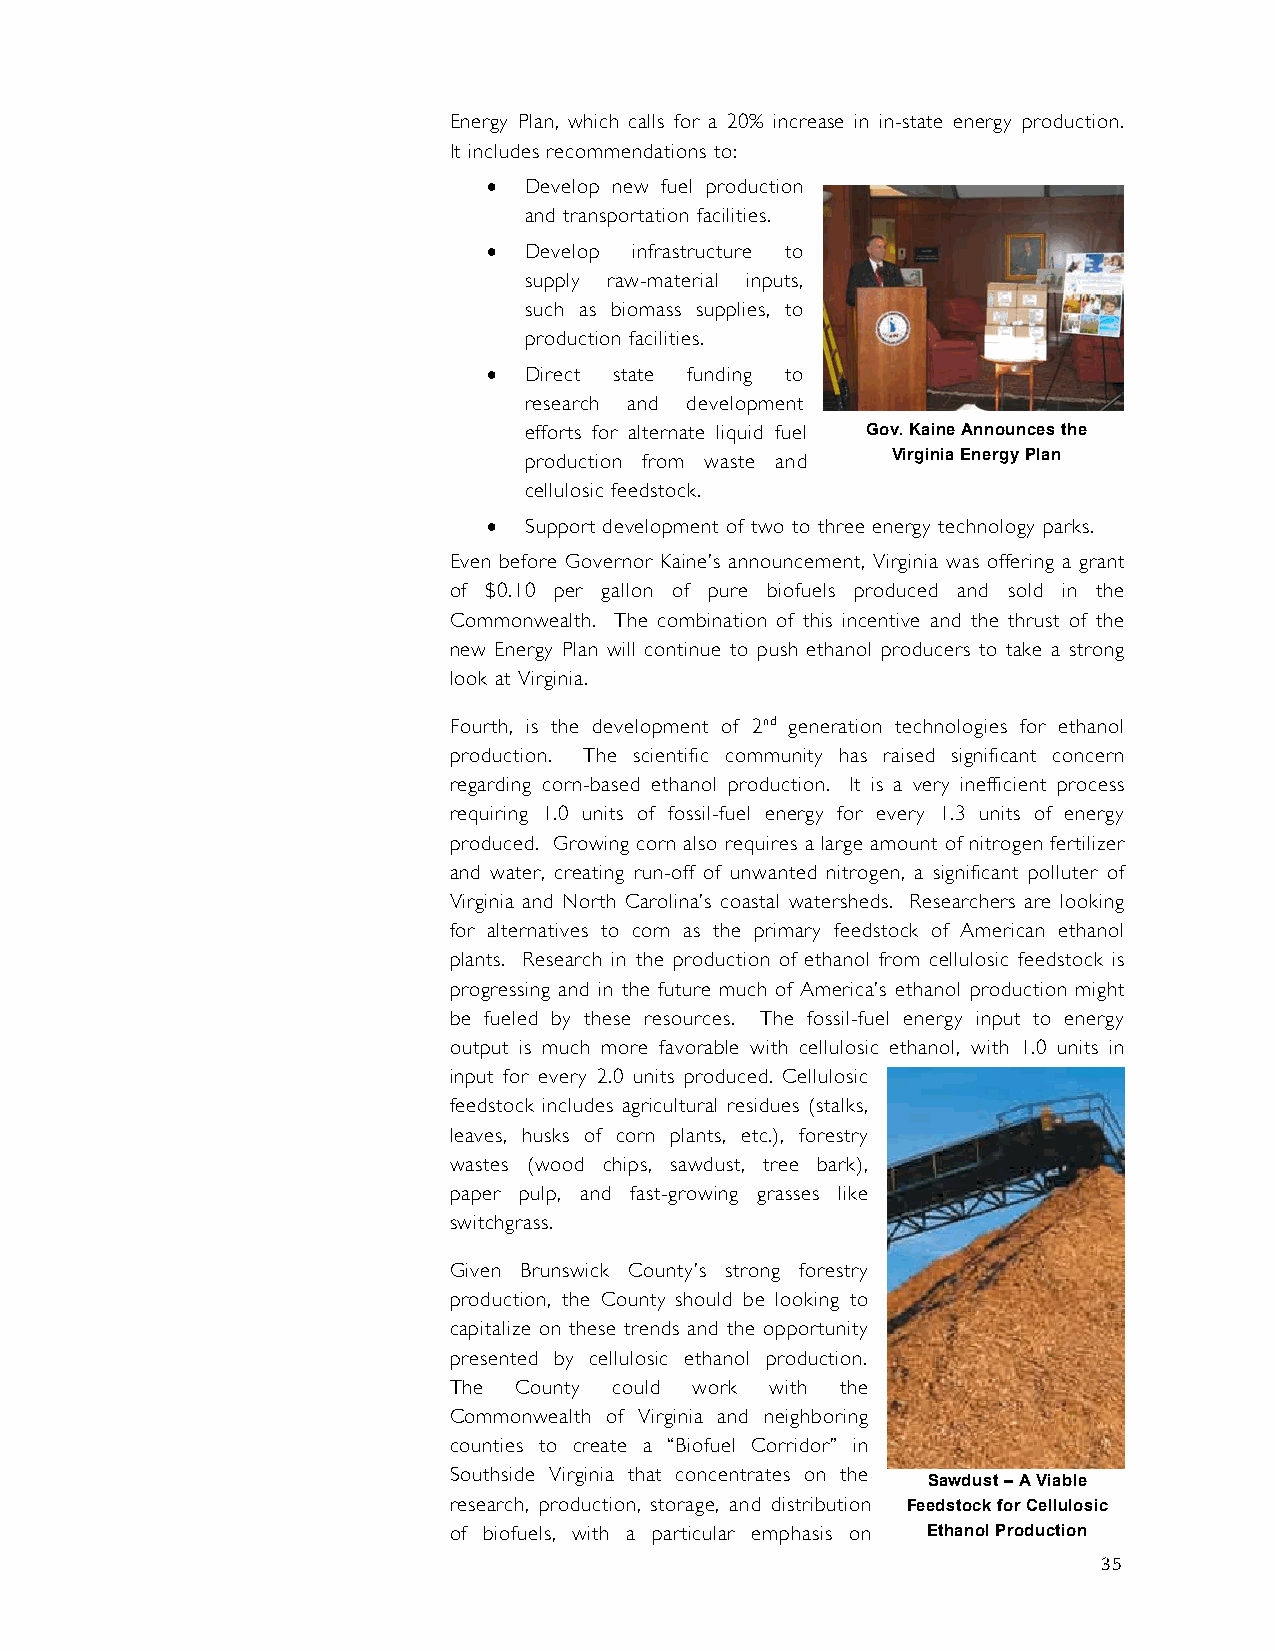
Energy Plan, which calls for a 20% increase in in-state energy production.
 It includes recommendations to:
 •  Develop new fuel production
 and transportation facilities.
 •  Develop infrastructure to
 supply raw-material inputs,
 such as biomass supplies, to
 production facilities.
 •  Direct state funding to
 research and development
 efforts for alternate liquid fuel Gov. Kaine Announces the
 production from waste and Virginia Energy Plan
 cellulosic feedstock.
 •  Support development of two to three energy technology parks.
 Even before Governor Kaine’s announcement, Virginia was offering a grant
 of $0.10 per gallon of pure biofuels produced and sold in the
 Commonwealth. The combination of this incentive and the thrust of the
 new Energy Plan will continue to push ethanol producers to take a strong
 look at Virginia.
 Fourth, is the development of 2nd generation technologies for ethanol
 production. The scientific community has raised significant concern
 regarding corn-based ethanol production. It is a very inefficient process
 requiring 1.0 units of fossil-fuel energy for every 1.3 units of energy
 produced. Growing corn also requires a large amount of nitrogen fertilizer
 and water, creating run-off of unwanted nitrogen, a significant polluter of
 Virginia and North Carolina’s coastal watersheds. Researchers are looking
 for alternatives to corn as the primary feedstock of American ethanol
 plants. Research in the production of ethanol from cellulosic feedstock is
 progressing and in the future much of America’s ethanol production might
 be fueled by these resources. The fossil-fuel energy input to energy
 output is much more favorable with cellulosic ethanol, with 1.0 units in
 input for every 2.0 units produced. Cellulosic
 feedstock includes agricultural residues (stalks,
 leaves, husks of corn plants, etc.), forestry
 wastes (wood chips, sawdust, tree bark),
 paper pulp, and fast-growing grasses like
 switchgrass.
 Given Brunswick County’s strong forestry
 production, the County should be looking to
 capitalize on these trends and the opportunity
 presented by cellulosic ethanol production.
 The County could work with the
 Commonwealth of Virginia and neighboring
 counties to create a “Biofuel Corridor” in
 Southside Virginia that concentrates on the
 Sawdust – A Viable
 research, production, storage, and distribution Feedstock for Cellulosic
 of biofuels, with a particular emphasis on Ethanol Production
 35